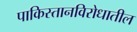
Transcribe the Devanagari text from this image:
पाकिस्तानविरोधातील